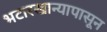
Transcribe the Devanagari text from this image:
भटारखान्यापासून